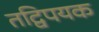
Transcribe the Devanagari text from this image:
तद्विपयक